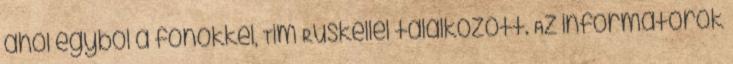
ahol egyből a főnökkel, Tim Ruskellel találkozott. Az informátorok